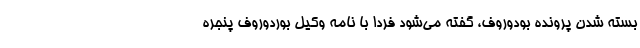
بسته شدن پرونده بودوروف، گفته می‌شود فردا با نامه وکیل بوردوروف پنجره